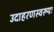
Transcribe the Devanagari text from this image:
उदाहरणस्वरूपः